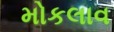
મોકલાવ